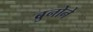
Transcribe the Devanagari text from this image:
ब्रुनोने